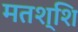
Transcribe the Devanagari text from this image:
मतश्शि